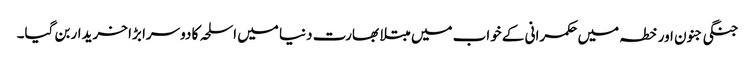
جنگی جنون اور خطہ میں حکمرانی کے خواب میں مبتلا بھارت دنیا میں اسلحہ کا دوسرا بڑا خریدار بن گیا۔